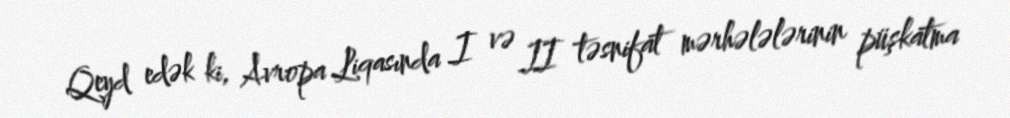
Qeyd edək ki, Avropa Liqasında I və II təsnifat mərhələlərinin püşkatma